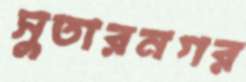
সুতারনগর